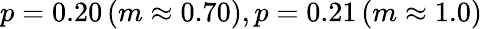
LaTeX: p=0.20\, (m\approx 0.70),p=0.21\, (m\approx 1.0)